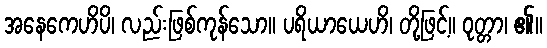
အနေကေဟိပိ၊ လည်းဖြစ်ကုန်သော။ ပရိယာယေဟိ၊ တို့ဖြင့်။ ဝုတ္တာ၊ ၏။